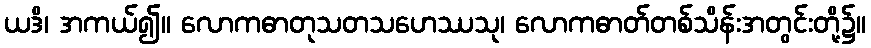
ယဒိ၊ အကယ်၍။ လောကဓာတုသတသဟေဿသု၊ လောကဓာတ်တစ်သိန်းအတွင်းတို့၌။